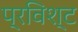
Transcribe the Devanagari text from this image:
प्रविश्ट